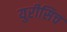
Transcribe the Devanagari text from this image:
युरीसिच